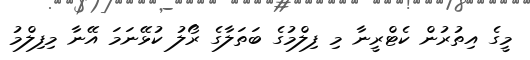
މީގެ އިތުރުން ކެޓްރީނާ މި ފިލްމުގެ ބަތަލާގެ ރޯލު ކުޅޭނަމަ އޭނާ މިފިލްމު